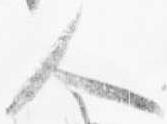
人